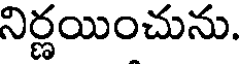
నిర్ణయించును.